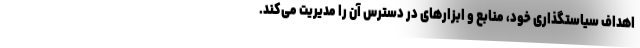
اهداف سیاستگذاری خود، منابع و ابزارهای در دسترس آن را مدیریت می‌کند.